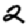
Digit: 2